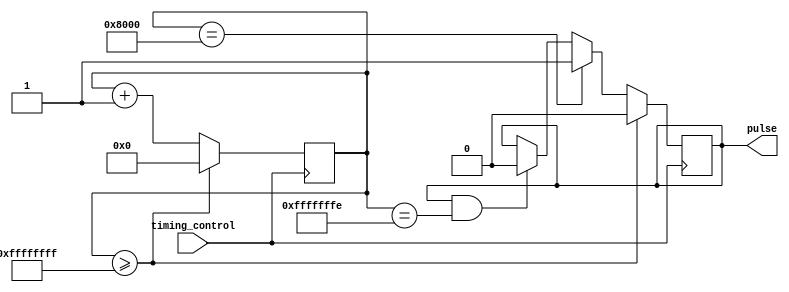
module synchronous_pulse_generator (
    input wire timing_control,
    output reg pulse
);

reg [31:0] counter;
parameter PULSE_WIDTH = 16'h8000;
parameter MAX_COUNT = 32'hFFFF_FFFF;

always @(posedge timing_control) begin
    counter <= counter + 1;
    if (counter >= MAX_COUNT) begin
        counter <= 0;
        pulse <= 0;
    end else if (counter == PULSE_WIDTH) begin
        pulse <= 1;
    end else if (pulse && counter == MAX_COUNT-1) begin
        pulse <= 0;
    end
end

endmodule